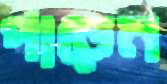
পাড়েন